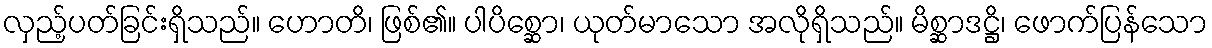
လှည့်ပတ်ခြင်းရှိသည်။ ဟောတိ၊ ဖြစ်၏။ ပါပိစ္ဆော၊ ယုတ်မာသော အလိုရှိသည်။ မိစ္ဆာဒဋ္ဌိ၊ ဖောက်ပြန်သော